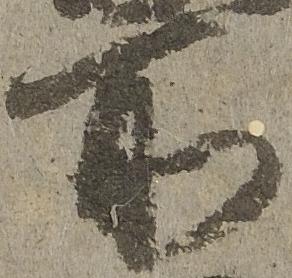
所